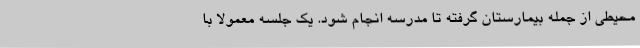
محیطی از جمله بیمارستان گرفته تا مدرسه انجام شود. یک جلسه معمولا با